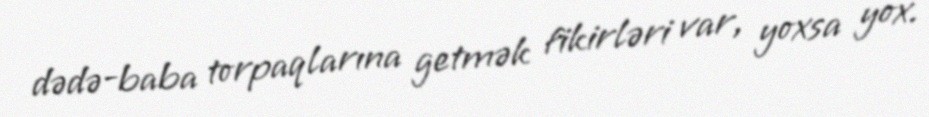
dədə-baba torpaqlarına getmək fikirləri var, yoxsa yox.